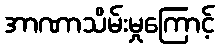
အာဏာသိမ်းမှုကြောင့်